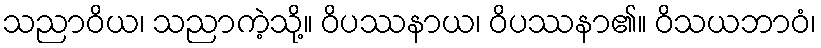
သညာဝိယ၊ သညာကဲ့သို့။ ဝိပဿနာယ၊ ဝိပဿနာ၏။ ဝိသယဘာဝံ၊